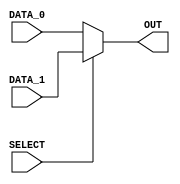
module mux_2_1 #(parameter W = 4)(
  input wire [W-1:0] DATA_0,DATA_1,
  input wire SELECT,
  output reg [W-1:0] OUT
);

always @(*) begin
	if (SELECT)
		OUT <= DATA_1;
	else
		OUT <= DATA_0;
end
endmodule